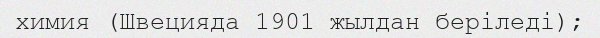
химия (Швецияда 1901 жылдан беріледі);